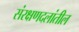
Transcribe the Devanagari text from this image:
संरक्षणदलांतील